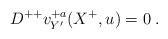
LaTeX: \begin{align*}D^{++} v^{+a}_{Y'}(X^+,u) = 0\; .\end{align*}